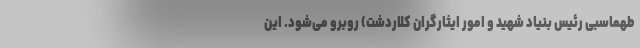
طهماسبی رئیس بنیاد شهید و امور ایثارگران کلاردشت) روبرو می‌شود. این